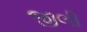
જીલી